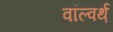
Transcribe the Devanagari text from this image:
वॉल्वर्थ़